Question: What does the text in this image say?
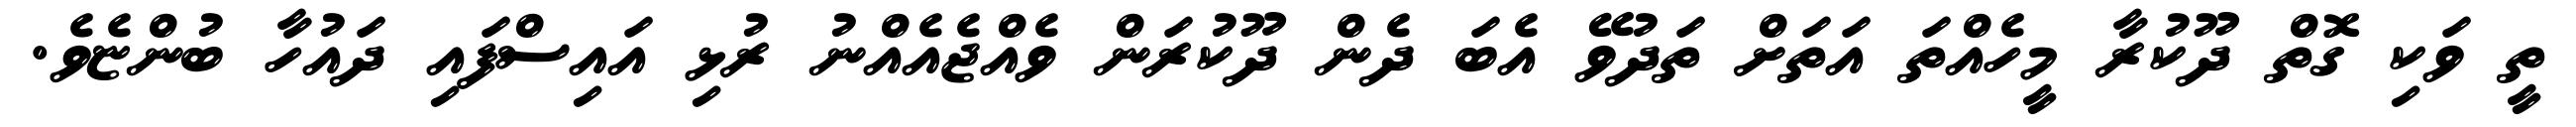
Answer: ތީ ވަކި ގޮތް ދޫކުރާ މީހެއްތަ އަތަށް ތަދުވޭ އެބަ ދެން ދޫކުރަން ވެއްޖެއެއްނު ރުޅި އައިސްފައި ދައުހާ ބުންޏެވެ.